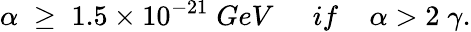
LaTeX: \alpha\; \geq\; 1.5\times 10^{-21}\; GeV\; \; \; \; \; if\; \; \; \; \alpha>2\; \gamma.